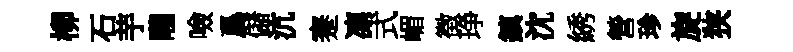
柳石芋隴噞爲儲沆蹇凛式嵋徴琤鎮沈綉營珍旋狭